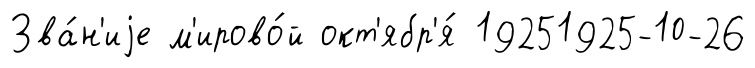
Зва́н'иjе м'ирово́й окт'ябр'я́ 19251925-10-26